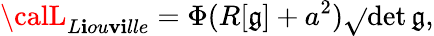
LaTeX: {\calL}_{L\mathbf{i}ou\mathbf{v}\mathbf{i}lle}=\Phi(R[\mathfrak{g}]+a^{2})\sqrt{}{{\operatorname*{det}\mathfrak{g}}},